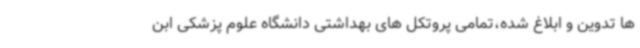
ها تدوین و ابلاغ شده،تمامی پروتکل های بهداشتی دانشگاه علوم پزشکی ابن